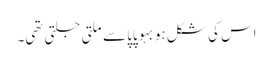
اس کی شکل ہو بہو پاپا سے ملتی جلتی تھی۔